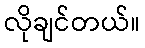
လိုချင်တယ်။